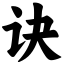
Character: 诀